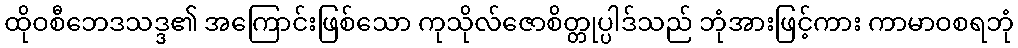
ထိုဝစီဘေဒသဒ္ဒ၏ အကြောင်းဖြစ်သော ကုသိုလ်ဇောစိတ္တုပ္ပါဒ်သည် ဘုံအားဖြင့်ကား ကာမာဝစရဘုံ